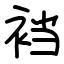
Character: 裆